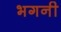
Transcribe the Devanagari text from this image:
भगनी